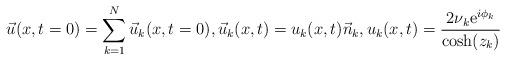
LaTeX: \begin{align*}\vec{u}(x,t=0) &= \sum_{k=1}^N \vec{u}_k(x,t=0), \vec{u}_k(x,t) = u_k(x,t) \vec{n}_k , u_k(x,t) = {2\nu_k {\rm e}^{i\phi_k}\over \cosh(z_k)}\end{align*}